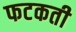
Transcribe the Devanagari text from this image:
फटकती